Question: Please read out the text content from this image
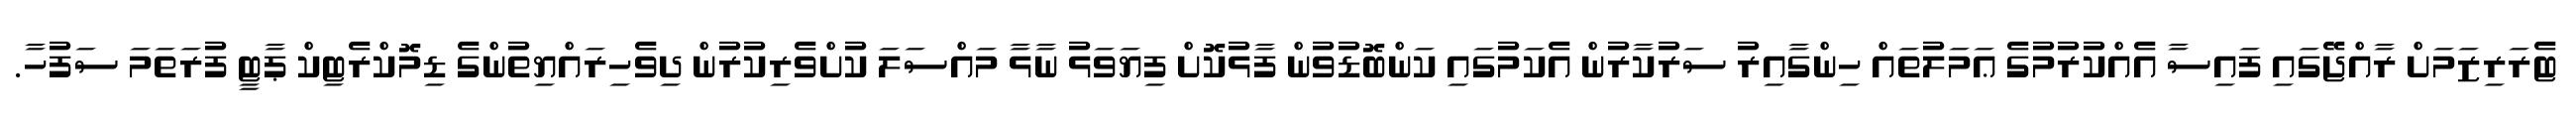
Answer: ޓެރަރިޒަމަށް ރާއްޖޭގައި ފައިސާ އެއްކުރުމުގެ ޢަމަލުތައް ހިންގާއިރު ސަރުކާރުން އެކަމުގައި ކަންބޮޑުވުން ފާޅުކޮށް ފިޔަވަޅު ނާޅާ މައްސަލަ ކުށްވެރިކުރުން ދިވެހިރައްޔިތުންގެ ޑިމޮކްރެޓިކް ޕާޓީ ފުރަތަމަ ސަފުހާ.